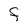
Character: F